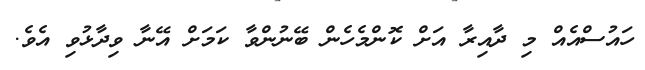
ހައުސްއެއް މި ދާއިރާ އަށް ކޮންމެހެން ބޭނުންވާ ކަމަށް އޭނާ ވިދާޅުވި އެވެ.